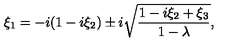
\xi _ { 1 } = - i ( 1 - i \xi _ { 2 } ) \pm i \sqrt { { \frac { 1 - i \xi _ { 2 } + \xi _ { 3 } } { 1 - \lambda } } } ,